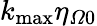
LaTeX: {{k}_{\operatorname*{max}}}{{\eta}_{\varOmega 0}}